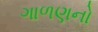
ગાળણનો